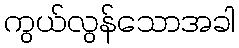
ကွယ်လွန်သောအခါ